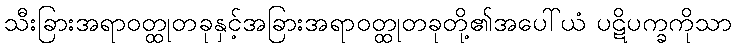
သီးခြားအရာဝတ္ထုတခုနှင့်အခြားအရာဝတ္ထုတခုတို့၏အပေါ်ယံ ပဋိပက္ခကိုသာ